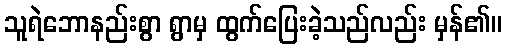
သူရဲဘောနည်းစွာ ရွာမှ ထွက်ပြေးခဲ့သည်လည်း မှန်၏။